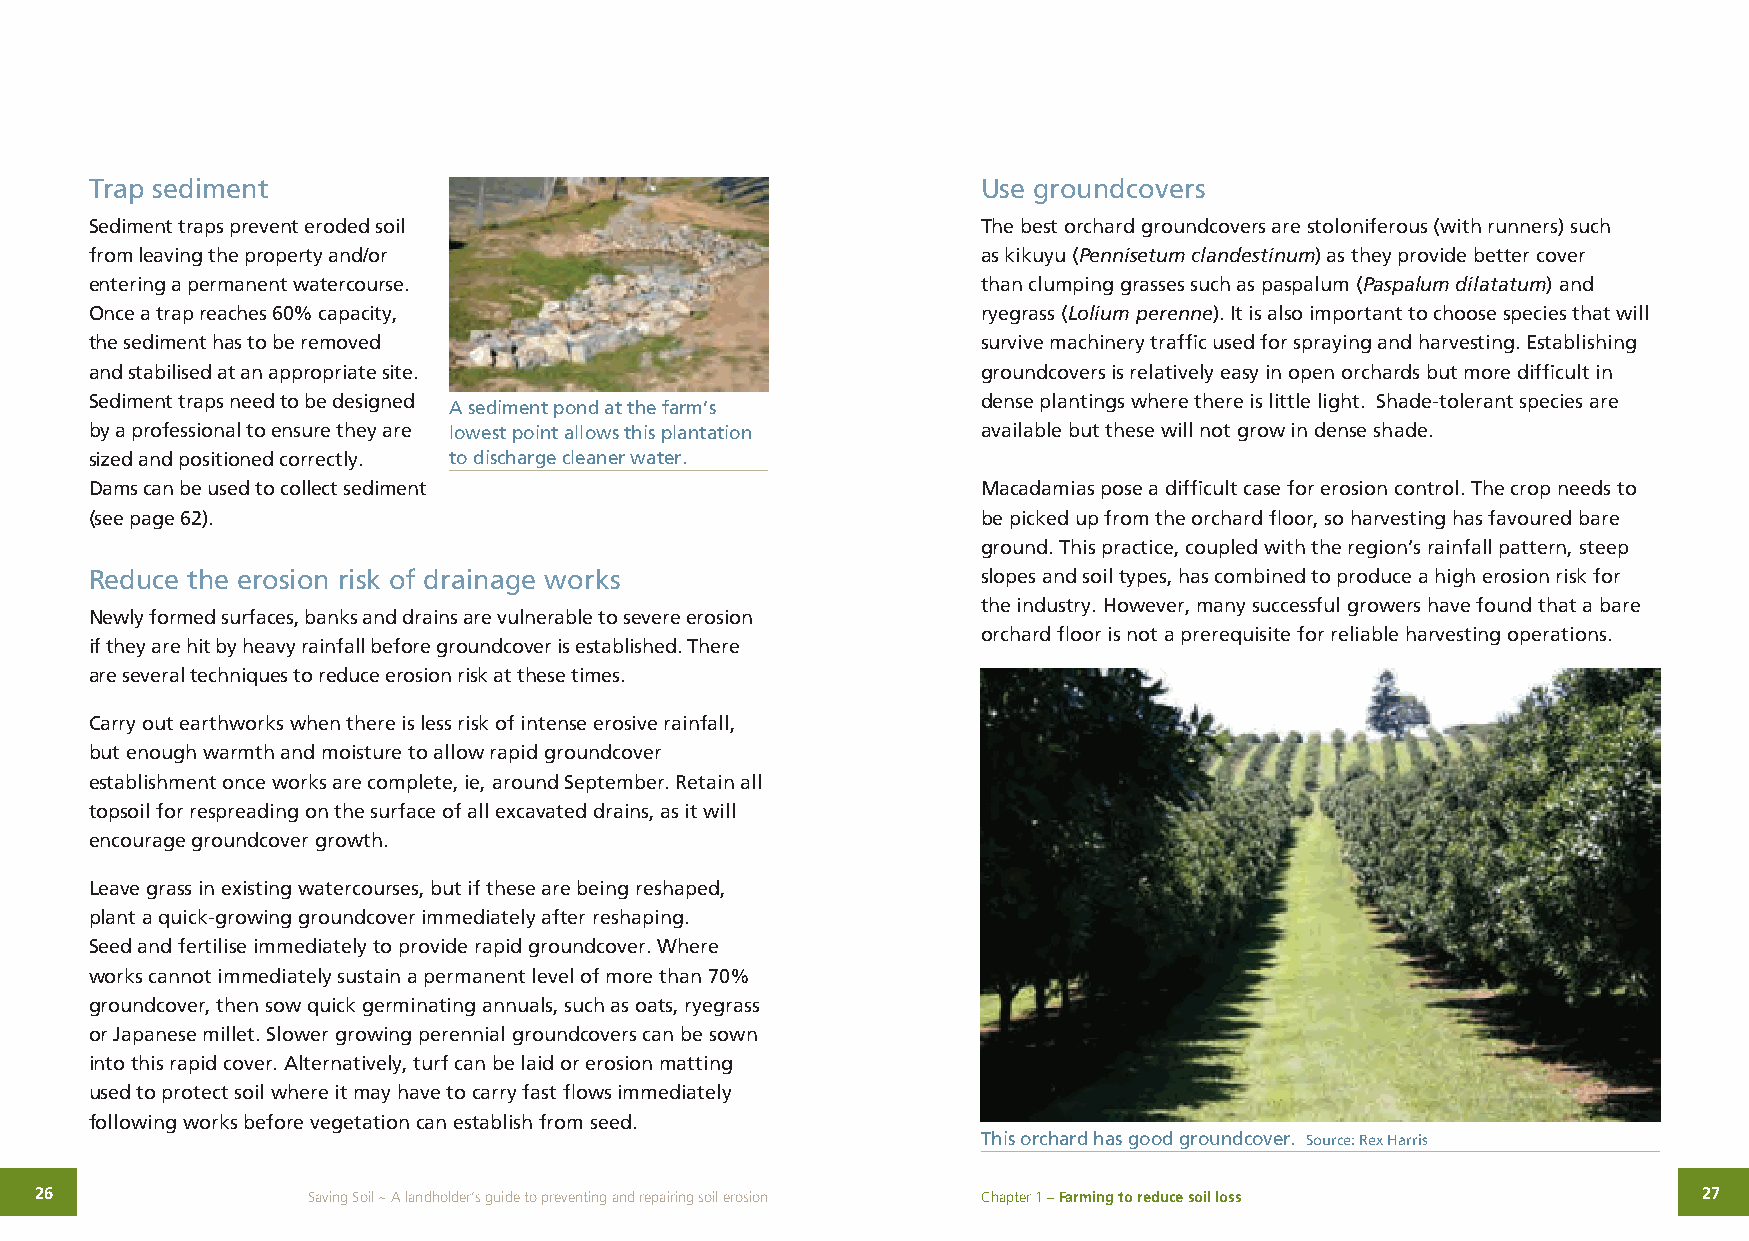
Trap sediment                                              Use groundcovers
 Sediment traps prevent eroded soil                         The best orchard groundcovers are stoloniferous (with runners) such
 from leaving the property and/or                           as kikuyu (Pennisetum clandestinum) as they provide better cover
 entering a permanent watercourse.                          than clumping grasses such as paspalum (Paspalum dilatatum) and
 Once a trap reaches 60% capacity,                          ryegrass (Lolium perenne). It is also important to choose species that will
 the sediment has to be removed                             survive machinery traffic used for spraying and harvesting. Establishing
 and stabilised at an appropriate site.                     groundcovers is relatively easy in open orchards but more difficult in
 Sediment traps need to be designed                         dense plantings where there is little light. Shade-tolerant species are
 A sediment pond at the farm’s
 by a professional to ensure they are lowest point allows this plantation available but these will not grow in dense shade.
 sized and positioned correctly. to discharge cleaner water.
 Dams can be used to collect sediment                       Macadamias pose a difficult case for erosion control. The crop needs to
 (see page 62).                                             be picked up from the orchard floor, so harvesting has favoured bare
 ground. This practice, coupled with the region’s rainfall pattern, steep
 Reduce the erosion risk of drainage works                  slopes and soil types, has combined to produce a high erosion risk for
 the industry. However, many successful growers have found that a bare
 Newly formed surfaces, banks and drains are vulnerable to severe erosion
 orchard floor is not a prerequisite for reliable harvesting operations.
 if they are hit by heavy rainfall before groundcover is established. There
 are several techniques to reduce erosion risk at these times.
 Carry out earthworks when there is less risk of intense erosive rainfall,
 but enough warmth and moisture to allow rapid groundcover
 establishment once works are complete, ie, around September. Retain all
 topsoil for respreading on the surface of all excavated drains, as it will
 encourage groundcover growth.
 Leave grass in existing watercourses, but if these are being reshaped,
 plant a quick-growing groundcover immediately after reshaping.
 Seed and fertilise immediately to provide rapid groundcover. Where
 works cannot immediately sustain a permanent level of more than 70%
 groundcover, then sow quick germinating annuals, such as oats, ryegrass
 or Japanese millet. Slower growing perennial groundcovers can be sown
 into this rapid cover. Alternatively, turf can be laid or erosion matting
 used to protect soil where it may have to carry fast flows immediately
 following works before vegetation can establish from seed.
 This orchard has good groundcover. Source: Rex Harris
 26                Saving Soil ~ A landholder’s guide to preventing and repairing soil erosion Chapter 1 – Farming to reduce soil loss 27